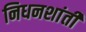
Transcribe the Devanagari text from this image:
निधनशांती